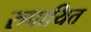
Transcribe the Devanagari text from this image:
रुपायित